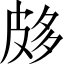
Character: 𤿦